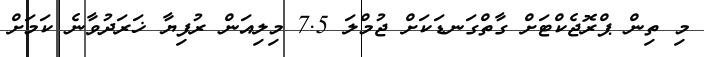
މި ތިން ޕްރޮޖެކްޓަށް ގާތްގަނޑަކަށް ޖުމްލަ 7.5 މިލިއަން ރުފިޔާ ޚަރަދުވާނެ ކަމަށް